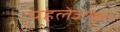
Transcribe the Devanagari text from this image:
पहलेजपुर